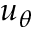
u _ { \theta }